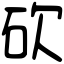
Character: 砍